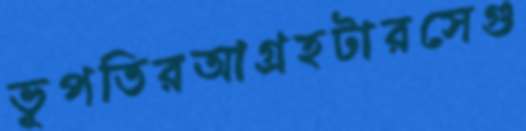
ভূপতিরআগ্রহটারসেগু